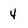
Character: 4